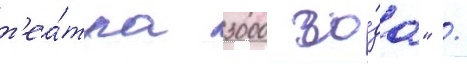
т'еа́тра 3000 го́да" /